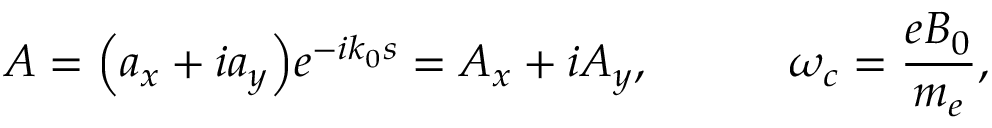
{ \cal A } = { \left( a _ { x } + i a _ { y } \right) } e ^ { - i k _ { 0 } s } = { \cal A } _ { x } + i { \cal A } _ { y } , \qquad \quad \omega _ { c } = { \frac { e B _ { 0 } } { m _ { e } } } ,